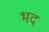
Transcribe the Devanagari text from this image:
भद